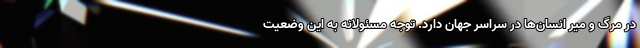
در مرگ و میر انسان‌ها در سراسر جهان دارد. توجه مسئولانه به این وضعیت